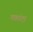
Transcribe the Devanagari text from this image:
मकरंदा